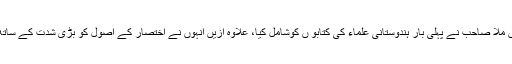
اس نصاب میں ملاّ صاحب نے پہلی بار ہندوستانی علماء کی کتابو ں کوشامل کیا، علاوہ ازیں انہوں نے اختصار کے اصول کو بڑی شدت کے ساتھ ملحوظ رکھا۔